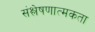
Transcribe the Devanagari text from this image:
संश्लेषणात्मकता